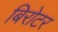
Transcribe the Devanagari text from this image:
बिरोटर